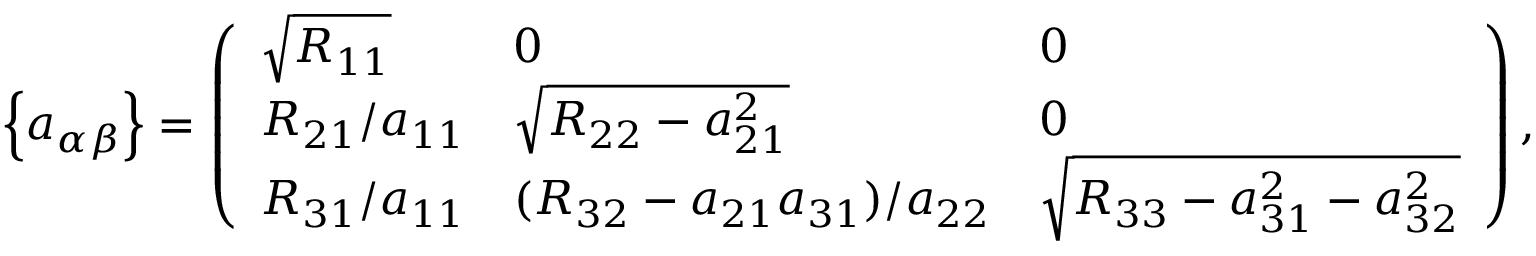
\left\{ a _ { \alpha \beta } \right\} = \left( \begin{array} { l l l } { \sqrt { R _ { 1 1 } } } & { 0 } & { 0 } \\ { R _ { 2 1 } / a _ { 1 1 } } & { \sqrt { R _ { 2 2 } - a _ { 2 1 } ^ { 2 } } } & { 0 } \\ { R _ { 3 1 } / a _ { 1 1 } } & { ( R _ { 3 2 } - a _ { 2 1 } a _ { 3 1 } ) / a _ { 2 2 } } & { \sqrt { R _ { 3 3 } - a _ { 3 1 } ^ { 2 } - a _ { 3 2 } ^ { 2 } } } \end{array} \right) ,